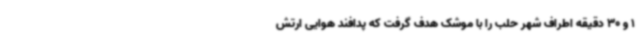
1 و 30 دقیقه اطراف شهر حلب را با موشک هدف گرفت که پدافند هوایی ارتش